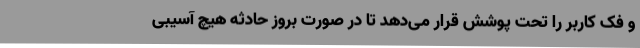
و فک کاربر را تحت پوشش قرار می‌دهد تا در صورت بروز حادثه هیچ آسیبی